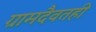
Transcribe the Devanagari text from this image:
ग्रामदैवतही